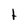
Character: t